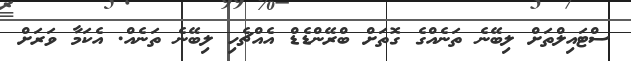
ސްޓައިލްތަށް ލިބޭނެ ތަނެއްގެ ގޮތަށް ބްރޭންޑެޑް އެއްޗެހި ލިބޭނެ ތަނެއް. އެކަމާ ވަރަށް